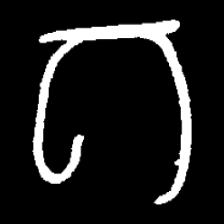
Pyu character \u2014 Myanmar letter: ဂ (romanized: ga)